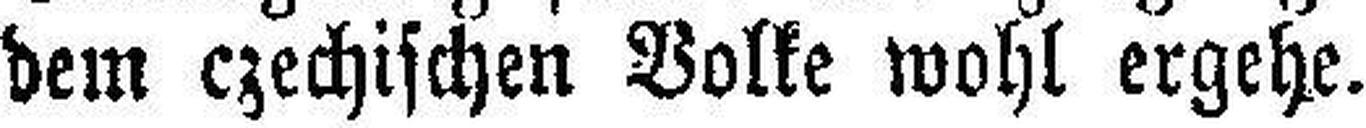
dem czechischen Volke wohl ergehe.